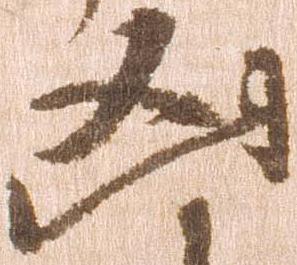
凶